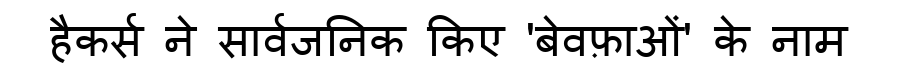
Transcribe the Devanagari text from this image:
हैकर्स ने सार्वजनिक किए 'बेवफ़ाओं' के नाम